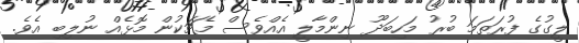
ލީގުގެ ފުރަތަމަ ބުރު މަހިބަދޫ ނިންމާލީ އެއްވެސް މެޗަކުން މޮޅެއް ނުލިބި އެވެ.